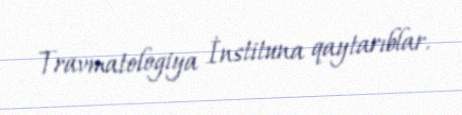
Travmatologiya İnstituna qaytarıblar.